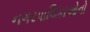
નગરપાલિકાઓનો